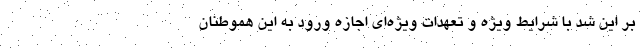
بر این شد با شرایط ویژه و تعهدات ویژه‌ای اجازه ورود به این هموطنان